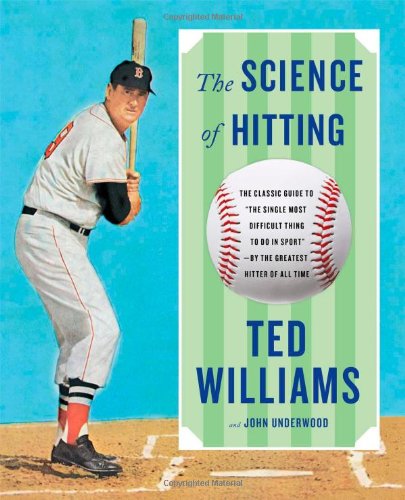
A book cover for The Science of Hitting; Ted Williams; Sports & Outdoors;